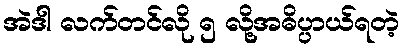
အဲဒါ လက်တင်လို ၅ လို့အဓိပ္ပာယ်ရတဲ့